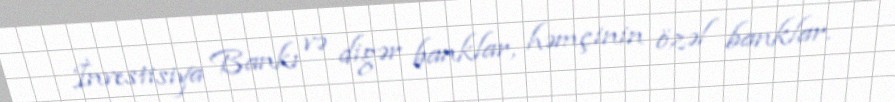
İnvestisiya Bankı və digər banklar, həmçinin özəl banklar.